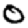
Digit: 0